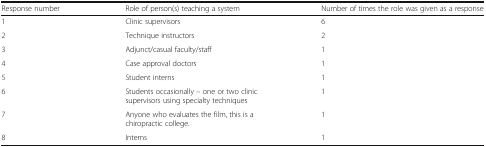
<table><thead><tr><td><b>Response number</b></td><td><b>Role of person(s) teaching a system</b></td><td><b>Number of times the role was given as a response</b></td></tr></thead><tbody><tr><td>1</td><td>Clinic supervisors</td><td>6</td></tr><tr><td>2</td><td>Technique instructors</td><td>2</td></tr><tr><td>3</td><td>Adjunct/casual faculty/staff</td><td>1</td></tr><tr><td>4</td><td>Case approval doctors</td><td>1</td></tr><tr><td>5</td><td>Student interns</td><td>1</td></tr><tr><td>6</td><td>Students occasionally – one or two clinic supervisors using specialty techniques</td><td>1</td></tr><tr><td>7</td><td>Anyone who evaluates the film, this is a chiropractic college.</td><td>1</td></tr><tr><td>8</td><td>Interns</td><td>1</td></tr></tbody></table>